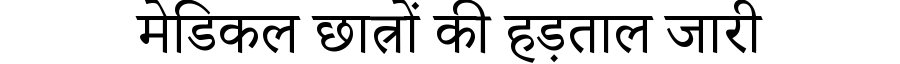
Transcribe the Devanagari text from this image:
मेडिकल छात्रों की हड़ताल जारी